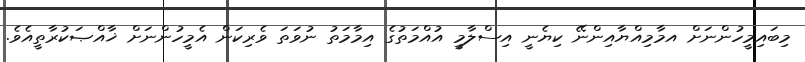
މިބައިމީހުންނަށް އމާމިއްޔާއިންނޭ ކިޔެނީ އިސްލާމީ އުއްމަތުގެ އިމާމަތު ނުވަތަ ވެރިކަން އެމީހުންނަށް ޚާއްޞަކުރާތީއެވެ.